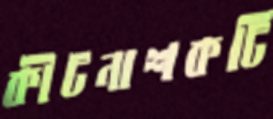
কীটনাশকটি